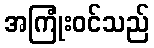
အကြုံးဝင်သည်